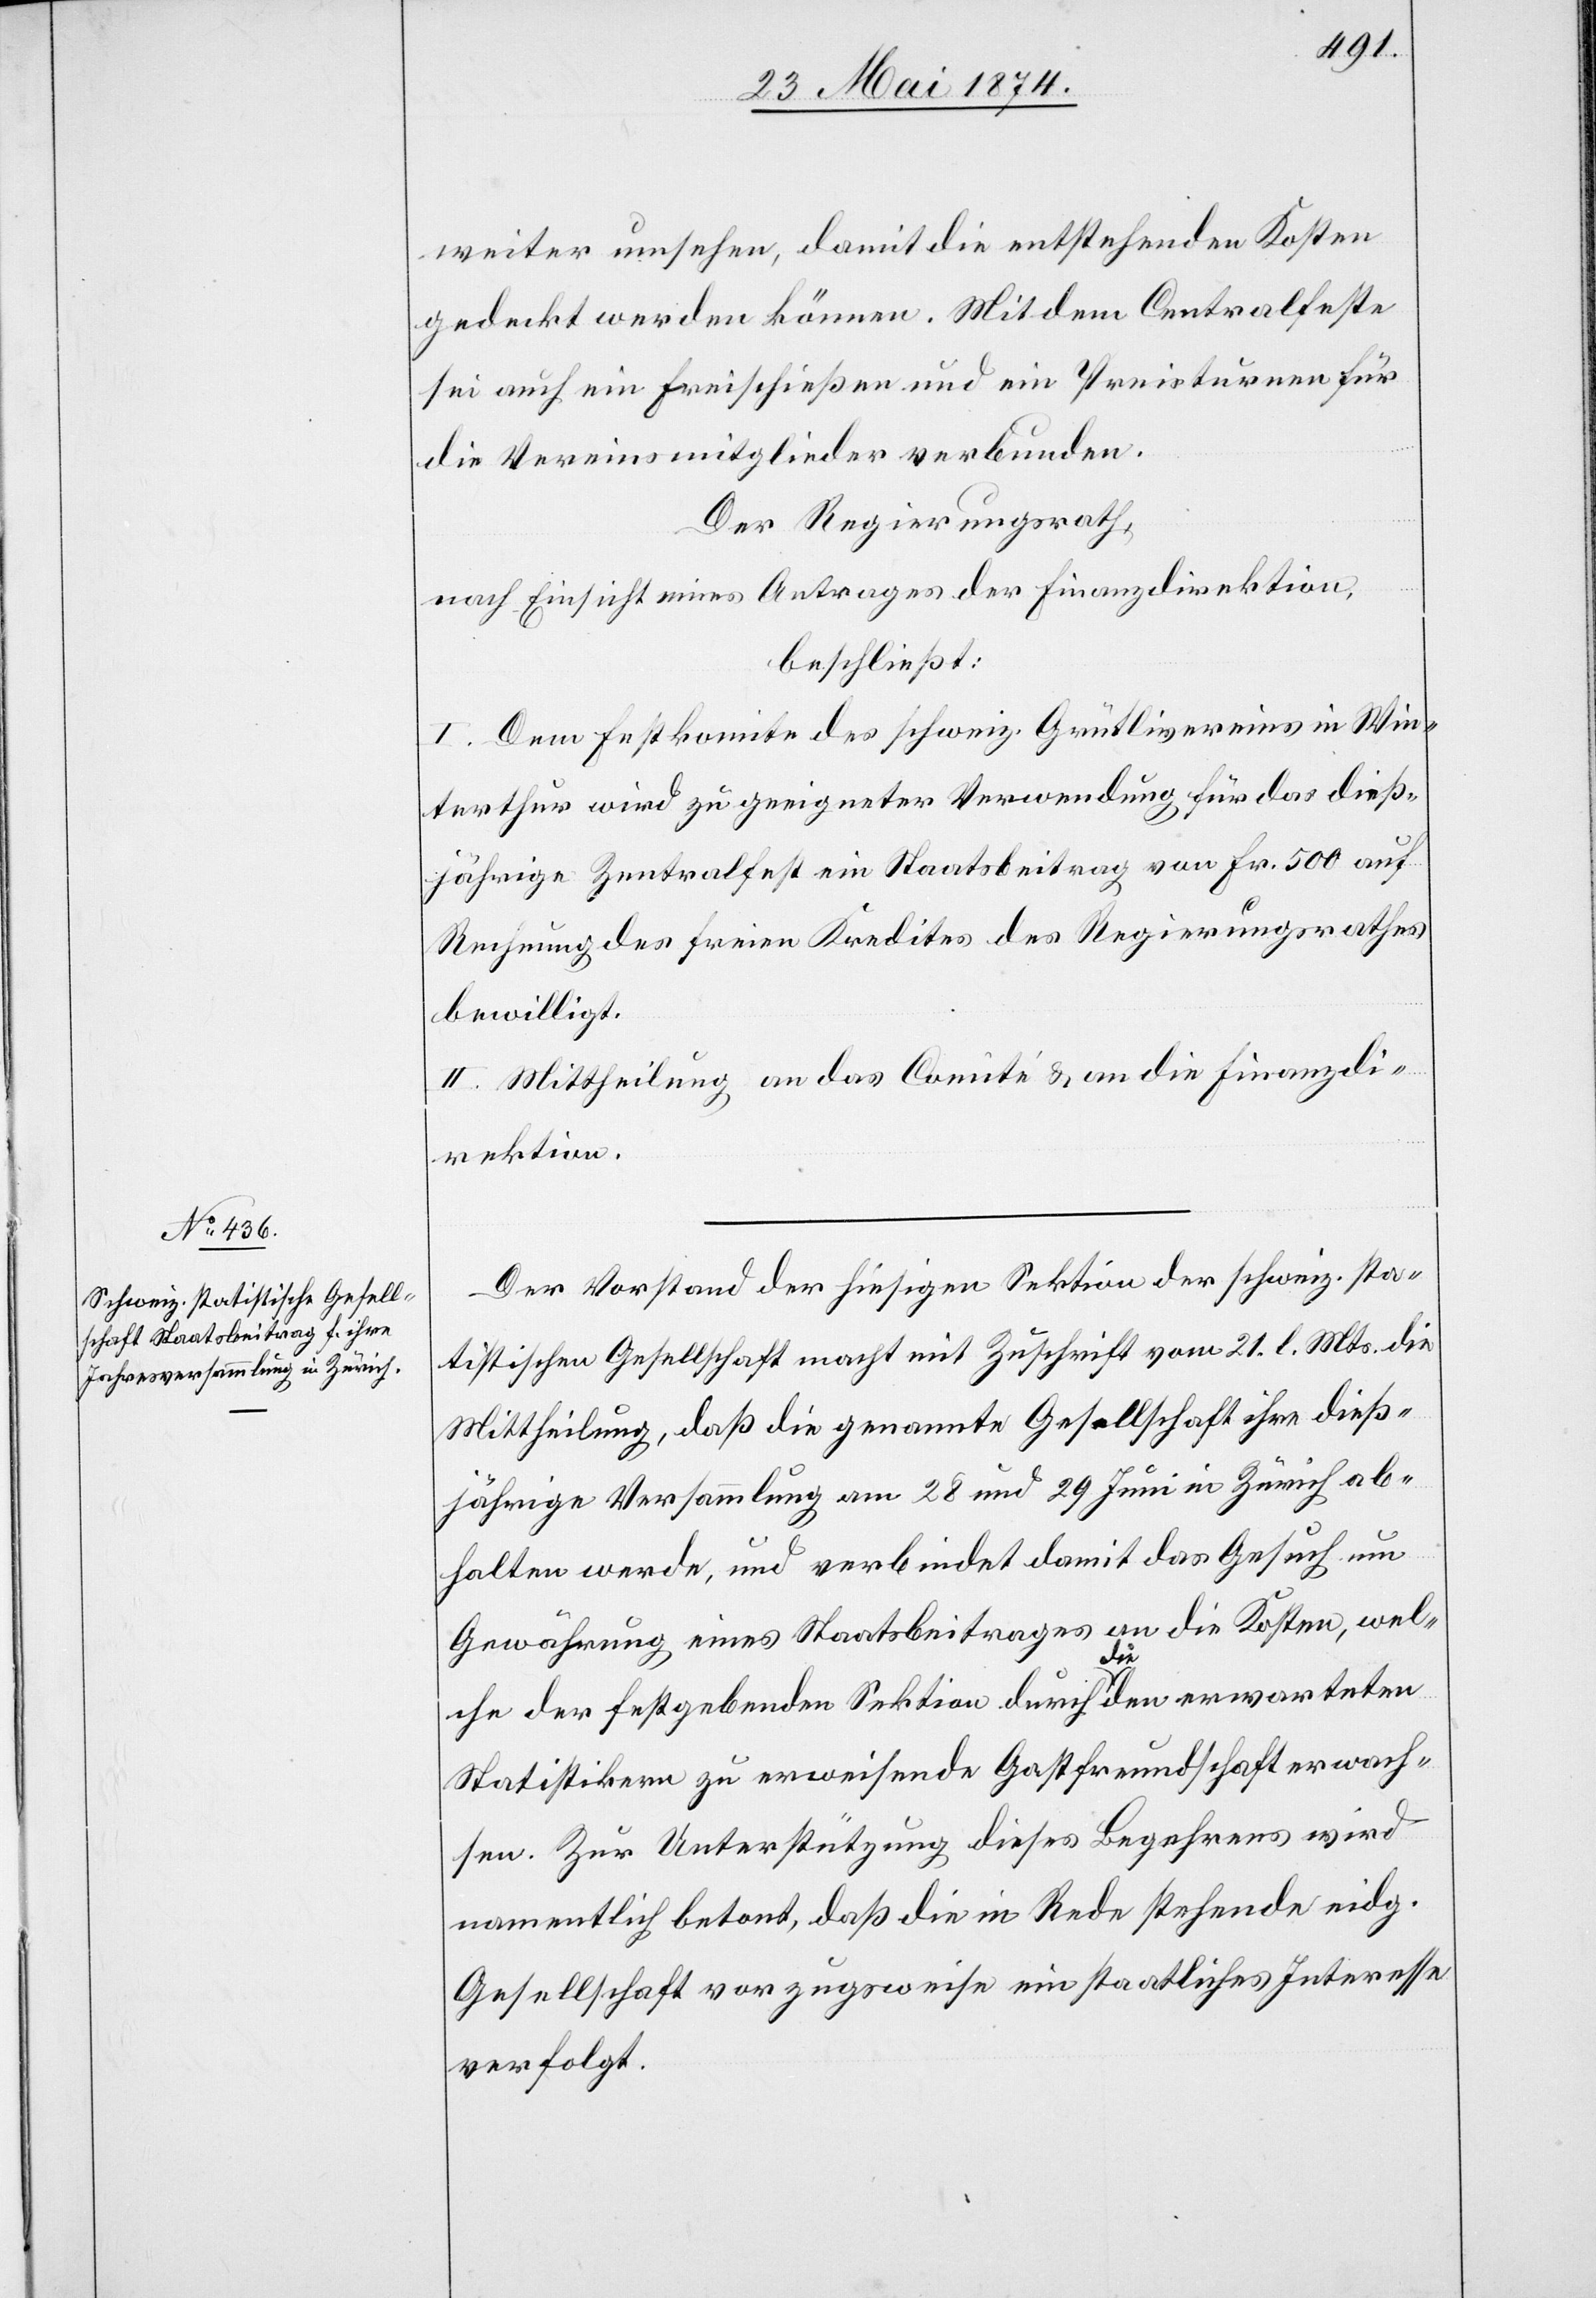
weiter umsehen, damit die entstehenden Kosten
gedeckt werden können. Mit dem Centralfeste
sei auch ein Freischießen und ein Preisturnen für
die Vereinsmitglieder verbunden.
Der Regierungsrath,
nach Einsicht eines Antrages der Finanzdirektion,
beschließt:
I. Dem Festkomite des schweiz. Grütlivereins in Win¬
terthur wird zu geeigneter Verwendung für das dieß¬
jährige Zentralfest ein Staatsbeitrag von Fr. 500 auf
Rechnung des freien Kredites des Regierungsrathes
bewilligt.
II. Mittheilung an das Comité u. an die Finanzdi¬
rektion.
Der Vorstand der hiesigen Sektion der schweiz. sta¬
tistischen Gesellschaft macht mit Zuschrift vom 21. l. Mts. die
Mittheilung, daß die genannte Gesellschaft ihre dieß¬
jährige Versammlung am 28. und 29. Juni in Zürich ab¬
halten werde, und verbindet damit das Gesuch um
Gewährung eines Staatsbeitrages an die Kosten, wel¬
che der festgebenden Sektion durch die den erwarteten
Statistikern zu erweisende Gastfreundschaft erwach¬
sen. Zur Unterstützung dieses Begehrens wird
namentlich betont, daß die in Rede stehende eidg.
Gesellschaft vorzugsweise ein staatliches Interesse
verfolgt.